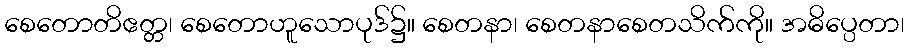
စေတောတိဧတ္တ၊ စေတောဟူသောပုဒ်၌။ စေတနာ၊ စေတနာစေတသိက်ကို။ အဓိပ္ပေတာ၊